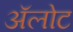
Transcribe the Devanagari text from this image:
ॲलोट